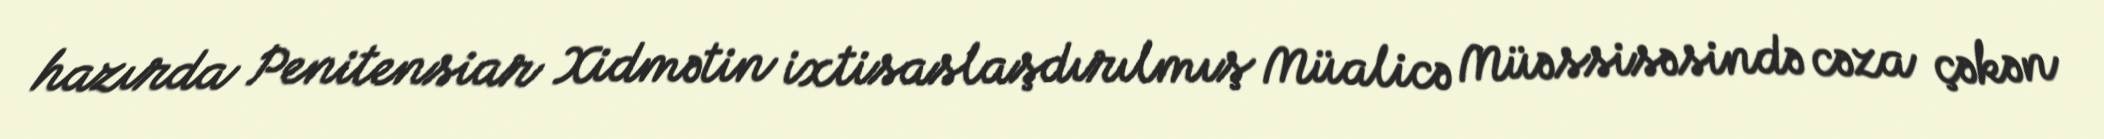
hazırda Penitensiar Xidmətin ixtisaslaşdırılmış Müalicə Müəssisəsində cəza çəkən